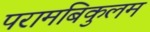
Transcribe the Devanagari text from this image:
परामबिकुलम